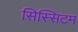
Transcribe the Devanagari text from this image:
सिस्सिटम